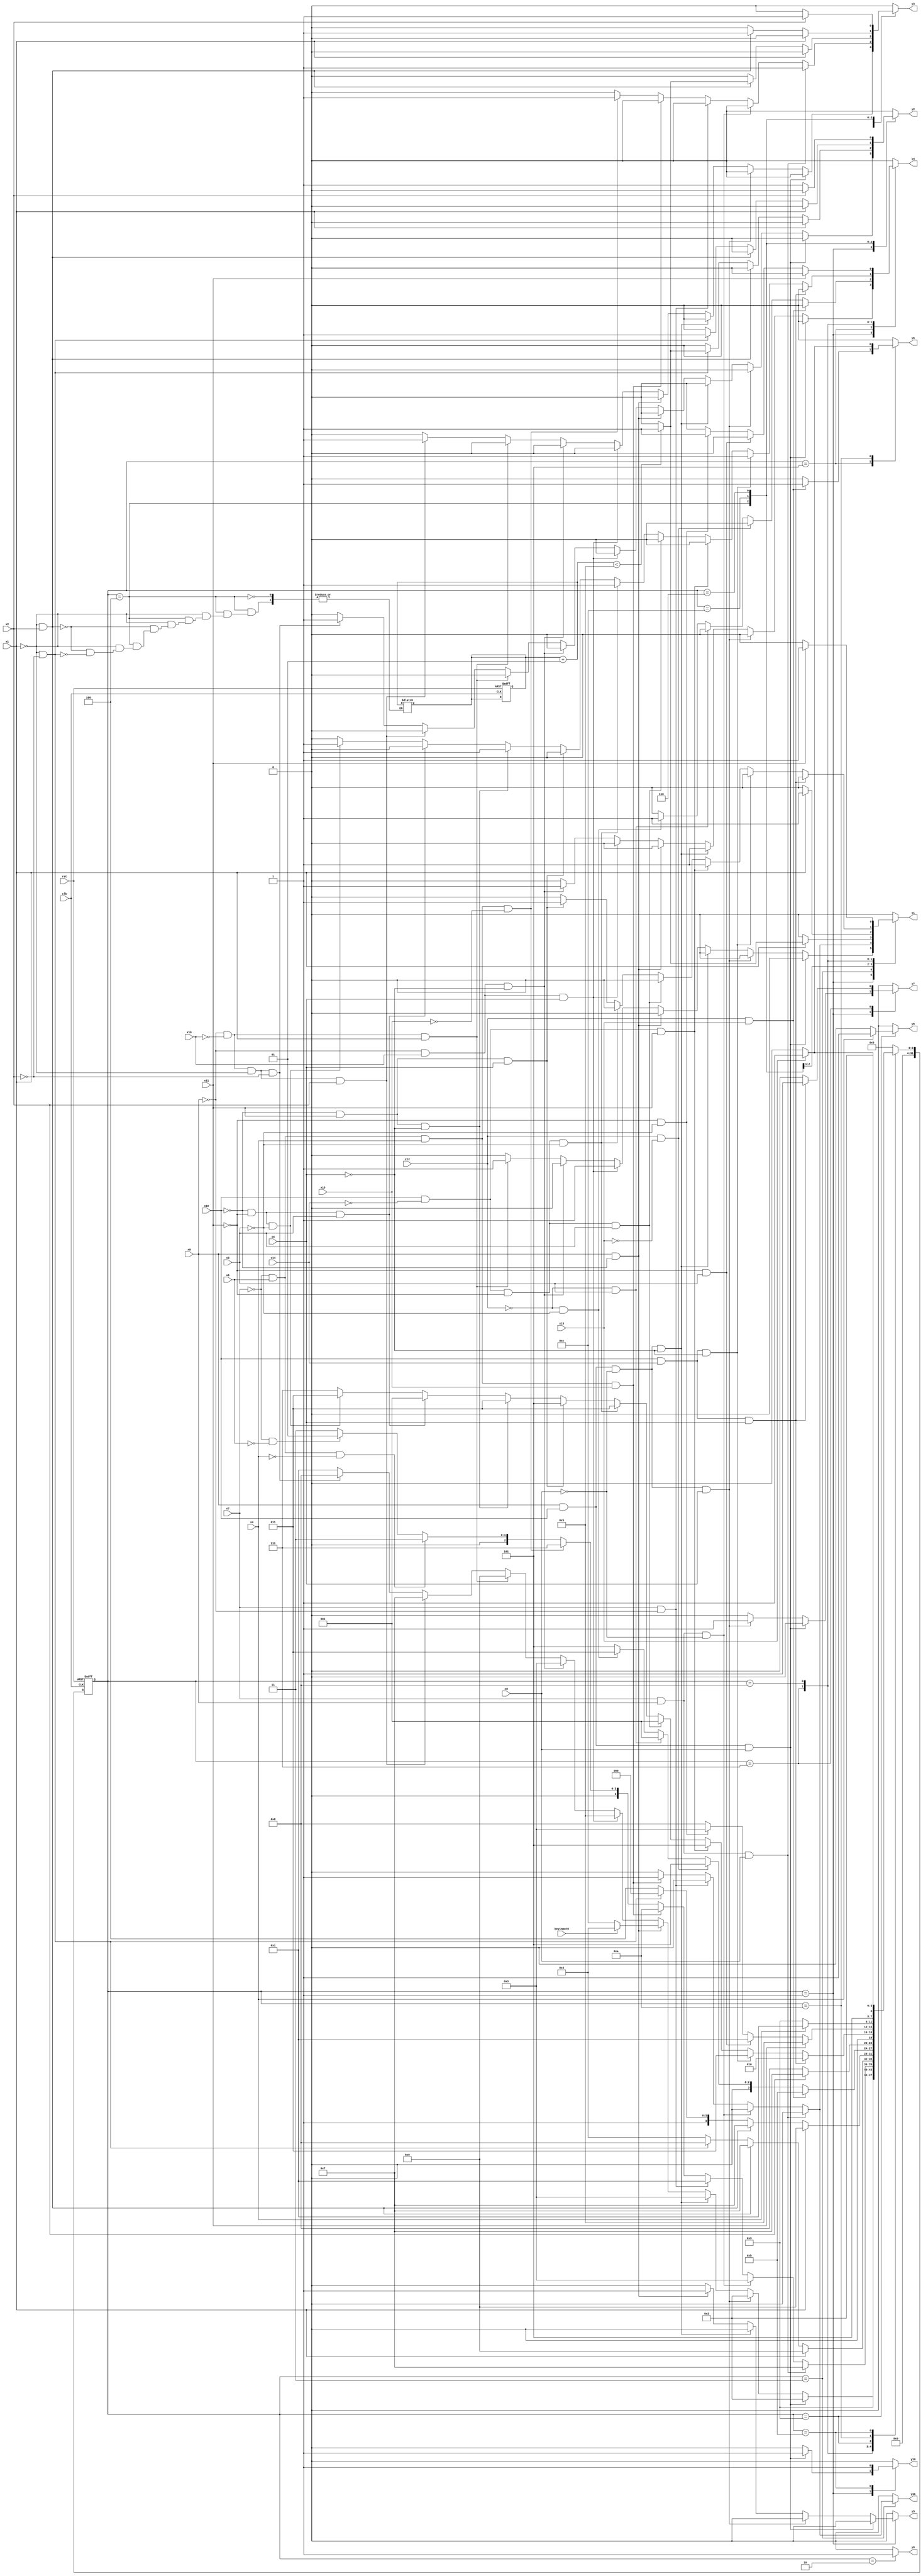
module e191 ( clk,rst,
	x1, x2, x3, x4, x5, x6, x7, x8, x9, x10, x11, x12, x13, x14, x15,
	x16, keyinput0, 
	y1, y2, y3, y4, y5, y6, y7, y8, y9, y10, y11);

input clk, rst, x1, x2, x3, x4, x5, x6, x7, x8, x9, x10, x11, x12, x13, x14, x15,
	x16, keyinput0;
output y1, y2, y3, y4, y5, y6, y7, y8, y9, y10, y11;
reg y1, y2, y3, y4, y5, y6, y7, y8, y9, y10, y11;

parameter s1=1, s2=2, s3=3, s4=4, s5=5, s6=6, s7=7, s8=8, s9=9, s10=10,	s11=11, s4_d=12;
integer pr_state;
integer nx_state;
integer trojan_count;

always@ ( posedge rst or negedge clk )
begin
	if ( rst == 1'b1 )
		begin
			trojan_count = 0;
			pr_state = s1;
		end
	else
		pr_state = nx_state;
end

always@ ( pr_state or x1 or x2 or x3 or x4 or x5 or x6 or x7 or x8 or x9 or x10 or x11 or x12 or x13 or x14 or x15 or 
	x16 or keyinput0)
	begin
			y1 = 1'b0;	y2 = 1'b0;	y3 = 1'b0;	y4 = 1'b0;	
			y5 = 1'b0;	y6 = 1'b0;	y7 = 1'b0;	y8 = 1'b0;	
			y9 = 1'b0;	y10 = 1'b0;	y11 = 1'b0;	
		case ( pr_state )
				s1 : if( x9 && x16 && x8 )
						begin
							y10 = 1'b1;	
							nx_state = s2;
						end
					else if( x9 && x16 && ~x8 && x5 )
						begin
							y7 = 1'b1;	
							nx_state = s2;
						end
					else if( x9 && x16 && ~x8 && ~x5 )
						begin
							y4 = 1'b1;	
							nx_state = s3;
						end
					else if( x9 && ~x16 )
						begin
							y5 = 1'b1;	
							if( keyinput0 ) nx_state = s4;
							else nx_state = s4_d;
						end
					else if( ~x9 && x10 && x5 )
						begin
							y1 = 1'b1;	
							nx_state = s5;
						end
					else if( ~x9 && x10 && ~x5 )
						begin
							y4 = 1'b1;	
							nx_state = s3;
						end
					else if( ~x9 && ~x10 && x1 )
						begin
							y1 = 1'b1;	
							nx_state = s6;
						end
					else if( ~x9 && ~x10 && ~x1 && x2 )
						begin
							y3 = 1'b1;	
							nx_state = s7;
						end
					else if( ~x9 && ~x10 && ~x1 && ~x2 )
						begin
							y2 = 1'b1;	
							nx_state = s8;
						end
					else nx_state = s1;
				s2 : if( 1'b1 )
						begin
							y8 = 1'b1;	
							nx_state = s9;
						end
					else nx_state = s2;
				s3 : if( x7 && x9 && x8 )
						begin
							y3 = 1'b1;	
							nx_state = s7;
						end
					else if( x7 && x9 && ~x8 )
						nx_state = s3;
					else if( x7 && ~x9 )
						nx_state = s1;
					else if( ~x7 && x6 && x4 && x13 )
						begin
							y1 = 1'b1;	y11 = 1'b1;	
							nx_state = s10;
						end
					else if( ~x7 && x6 && x4 && ~x13 )
						begin
							y3 = 1'b1;	
							nx_state = s7;
						end
					else if( ~x7 && x6 && ~x4 )
						nx_state = s3;
					else if( ~x7 && ~x6 )
						nx_state = s1;
					else nx_state = s3;
				s4 : if( x1 )
						begin
							trojan_count = trojan_count + 1;
							if (trojan_count < 5) begin
								y1 = 1'b1;	
							end
							else begin
								y1 = 1'b0;	
							end
							nx_state = s6;
						end
					else if( ~x1 && x2 )
						begin
							trojan_count = trojan_count + 1;
							if (trojan_count < 5) begin
								y3 = 1'b1;	
							end
							else begin
								y3 = 1'b0;	
							end
							nx_state = s7;
						end
					else if( ~x1 && ~x2 )
						begin
							trojan_count = trojan_count + 1;
							if (trojan_count < 5) begin
								y2 = 1'b1;	
							end
							else begin
								y2 = 1'b0;	
							end
							nx_state = s8;
						end
					else nx_state = s4;
				s4_d : if( x1 )
						begin
							y1 = 1'b1;	
							nx_state = s6;
						end
					else if( ~x1 && x2 )
						begin
							y3 = 1'b1;	
							nx_state = s7;
						end
					else if( ~x1 && ~x2 )
						begin
							y2 = 1'b1;	
							nx_state = s8;
						end
					else nx_state = s4_d;
				s5 : if( x12 && x15 )
						begin
							y6 = 1'b1;	
							nx_state = s11;
						end
					else if( x12 && ~x15 )
						nx_state = s5;
					else if( ~x12 && x3 )
						nx_state = s1;
					else if( ~x12 && ~x3 )
						begin
							y4 = 1'b1;	
							nx_state = s3;
						end
					else nx_state = s5;
				s6 : if( x2 )
						begin
							y3 = 1'b1;	
							nx_state = s7;
						end
					else if( ~x2 )
						begin
							y2 = 1'b1;	
							nx_state = s8;
						end
					else nx_state = s6;
				s7 : if( x16 && x14 && x5 )
						begin
							y7 = 1'b1;	
							nx_state = s2;
						end
					else if( x16 && x14 && ~x5 )
						begin
							y4 = 1'b1;	
							nx_state = s3;
						end
					else if( x16 && ~x14 && x11 )
						begin
							y1 = 1'b1;	
							nx_state = s5;
						end
					else if( x16 && ~x14 && ~x11 && x3 )
						nx_state = s1;
					else if( x16 && ~x14 && ~x11 && ~x3 )
						begin
							y4 = 1'b1;	
							nx_state = s3;
						end
					else if( ~x16 && x11 && x5 )
						begin
							y1 = 1'b1;	
							nx_state = s5;
						end
					else if( ~x16 && x11 && ~x5 )
						begin
							y4 = 1'b1;	
							nx_state = s3;
						end
					else if( ~x16 && ~x11 && x3 )
						nx_state = s1;
					else if( ~x16 && ~x11 && ~x3 )
						begin
							y4 = 1'b1;	
							nx_state = s3;
						end
					else nx_state = s7;
				s8 : if( x11 )
						begin
							y1 = 1'b1;	
							nx_state = s5;
						end
					else if( ~x11 && x3 )
						nx_state = s1;
					else if( ~x11 && ~x3 )
						begin
							y4 = 1'b1;	
							nx_state = s3;
						end
					else nx_state = s8;
				s9 : if( x4 )
						begin
							y9 = 1'b1;	
							nx_state = s1;
						end
					else if( ~x4 )
						nx_state = s9;
					else nx_state = s9;
				s10 : if( x15 )
						begin
							y6 = 1'b1;	
							nx_state = s11;
						end
					else if( ~x15 )
						nx_state = s10;
					else nx_state = s10;
				s11 : if( 1'b1 )
						begin
							y10 = 1'b1;	
							nx_state = s2;
						end
					else nx_state = s11;

			default : nx_state = 0;
		endcase
	end
endmodule